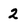
Character: 2